Scottish Leaving Certificate Examination, 1955
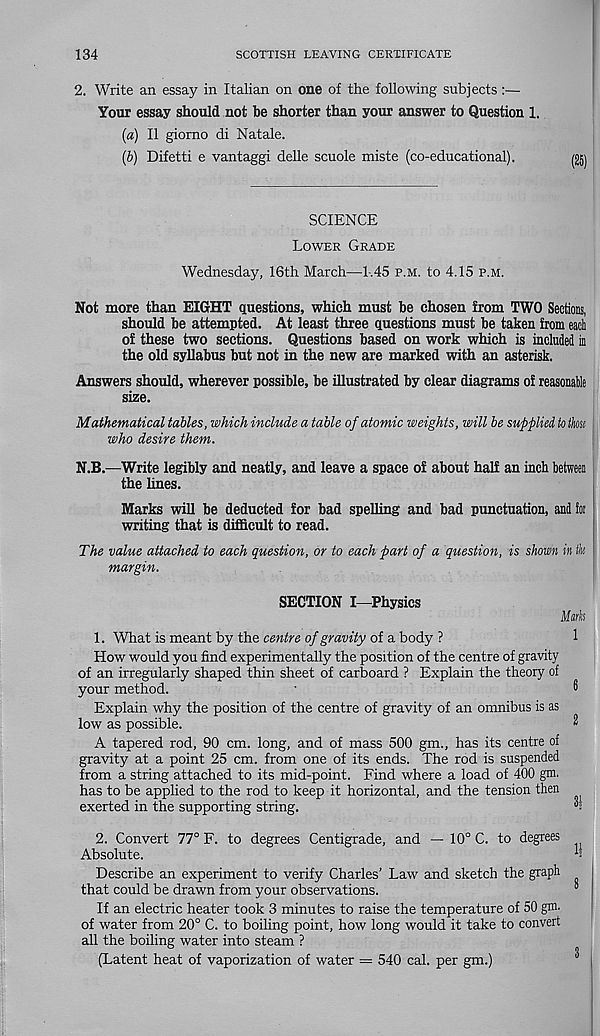
134
SCOTTISH LEAVING CERTIFICATE
2. Write an essay in Italian on one of the following subjects:—
Your essay should not be shorter than your answer to Question 1.
[а) II giomo di Natale.
(б) Difetti e vantaggi delle scuole miste (co-educational).
SCIENCE
Lower Grade
Wednesday, 16th March—1-.45 p.m. to 4.15 p.m.
Not more than EIGHT questions, which must be chosen from TWO Sections,
should be attempted. At least three questions must be taken from each
of these two sections. Questions based on work which is included in
the old syllabus but not in the new are marked with an asterisk.
Answers should, wherever possible, be illustrated by clear diagrams of reasonable
size.
Mathematical tables, which include a table of atomic weights, will be supplied to thosi
who desire them.
N.B.—Write legibly and neatly, and leave a space of about half an inch between
the lines.
Marks will be deducted for bad spelling and bad punctuation, and tor
writing that is difficult to read.
The value attached to each question, or to each part of a question, is shown in tk
margin.
SECTION I—Physics
Mtuh
1. What is meant by the centre of gravity of a body ?
1
How would you find experimentally the position of the centre of gravity
of an irregularly shaped thin sheet of carboard ? Explain the theory of
your method.
6
Explain why the position of the centre of gravity of an omnibus is as
low as possible.
2
A tapered rod, 90 cm. long, and of mass 500 gm., has its centre of
gravity at a point 25 cm. from one of its ends. The rod is suspended
from a string attached to its mid-point. Find where a load of 400 gm.
has to be applied to the rod to keep it horizontal, and the tension then
exerted in the supporting string.
2. Convert 77° F. to degrees Centigrade, and — 10° C. to degrees
Absolute.
Describe an experiment to verify Charles’ Law and sketch the graph
that could be drawn from your observations.
If an electric heater took 3 minutes to raise the temperature of 50 gni'
of water from 20° C. to boiling point, how long would it take to convert
all the boiling water into steam ?
(Latent heat of vaporization of water = 540 cal. per gm.)